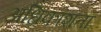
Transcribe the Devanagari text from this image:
अधिकांशता